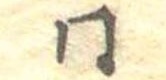
同